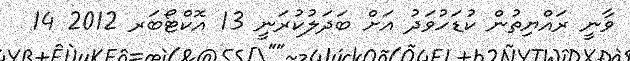
ވާނީ ރައްޔިތުން ކުޑަހުވަދު އަށް ބަދަލުކުރަނީ 13 އޮކްޓޯބަރ 2012 14